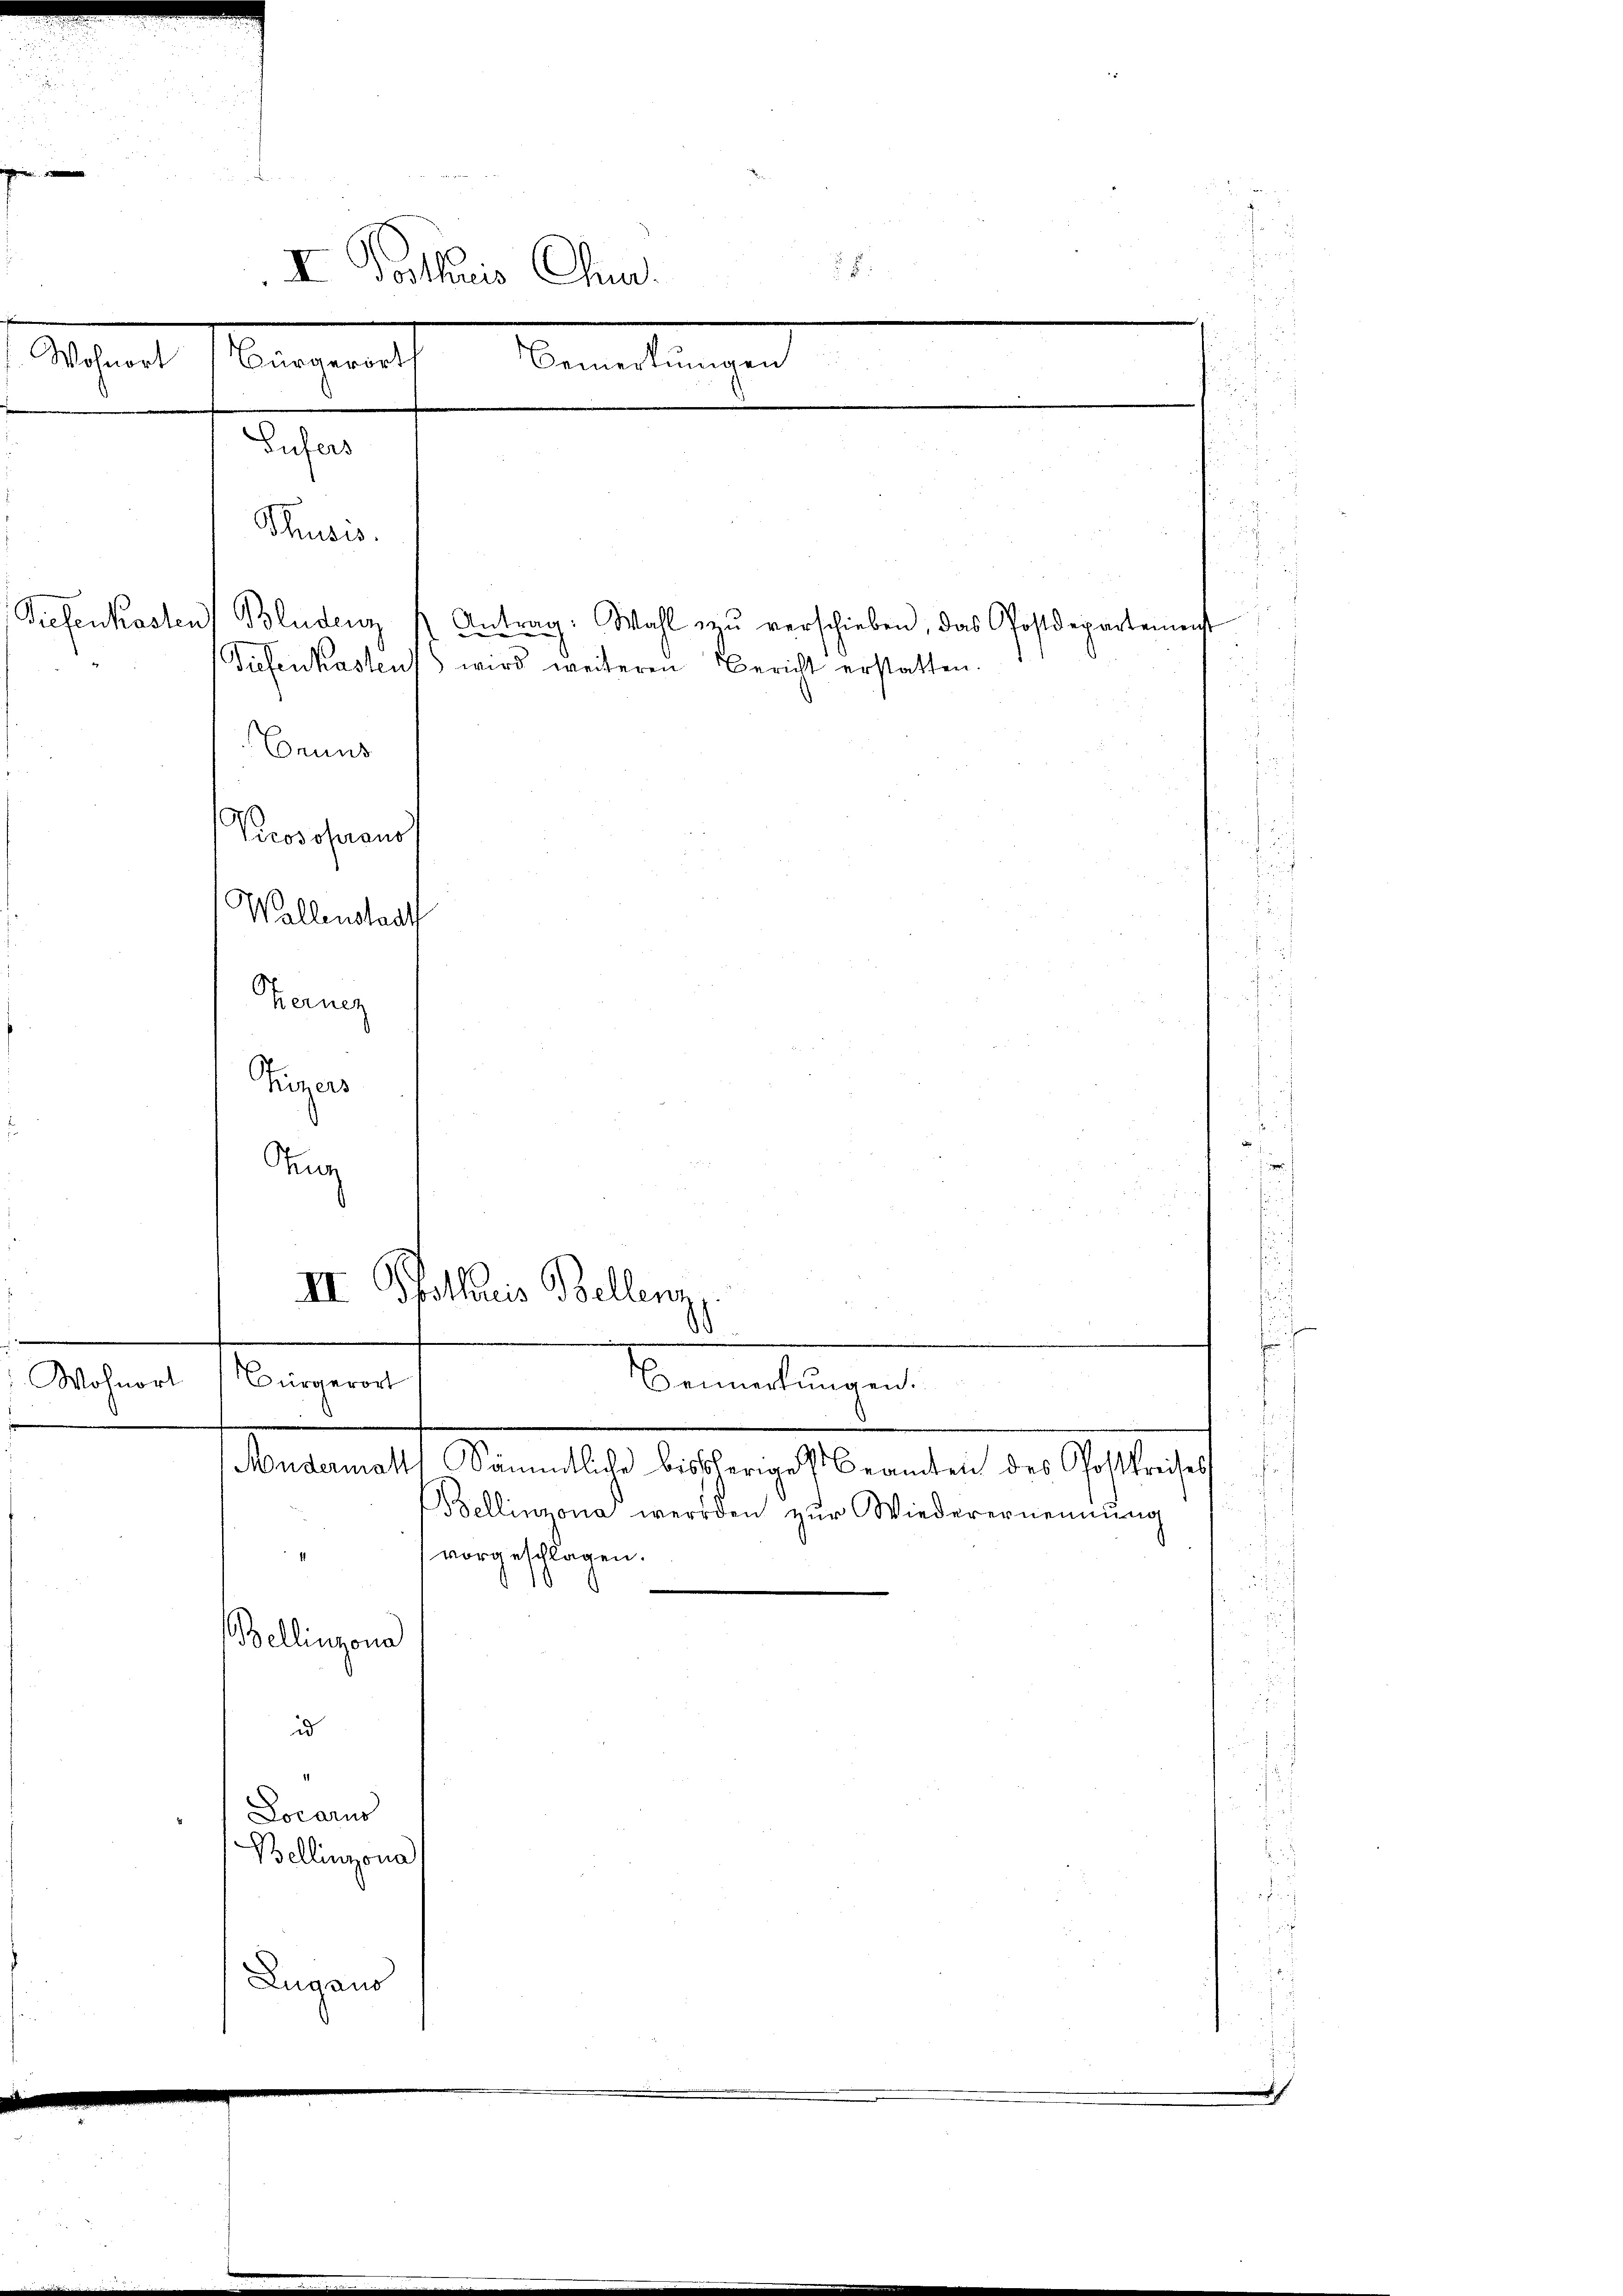
1
II Vorthuis Chur.
Wohnort
Seegemache Bemerkungen
Eufers
Tiefenkosten Bludenz Antrag. Wahl zŭ verschieben, das Postdeparteme
Tiefenkastens wird weiteren Bericht erstatten.
Bruns
Prosofaust
Wallenstadt
Kerner
Riegers

III. Pfothoris Bellenz,
i
.
 Wohnort
Bürgerort
Bemerkungen.
Bondermatt Sämmtliche bisherige Beamten des Postkreises

Thusis.

4
Bellinzona

Aug

Bellinzona werden zur Wiederernem
vorgeschlagen.
.
id
1
Locarus
Bellinzona
Zugano

ung